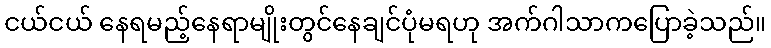
ငယ်ငယ် နေရမည့်နေရာမျိုးတွင်နေချင်ပုံမရဟု အက်ဂါသာကပြောခဲ့သည်။